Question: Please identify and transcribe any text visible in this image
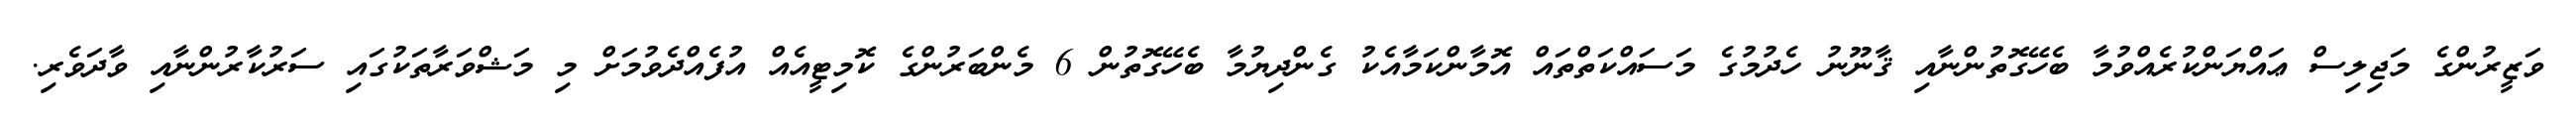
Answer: ވަޒީރުންގެ މަޖިލިސް ޢައްޔަންކުރެއްވުމާ ބެހޭގޮތުންނާއި ޤާނޫނު ހެދުމުގެ މަސައްކަތްތައް އޮމާންކަމާއެކު ގެންދިޔުމާ ބެހޭގޮތުން 6 މެންބަރުންގެ ކޮމިޓީއެއް އުފެއްދެވުމަށް މި މަޝްވަރާތަކުގައި ސަރުކާރުންނާއި ވާދަވެރި.